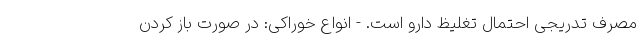
مصرف تدریجی احتمال تغلیظ دارو است. - انواع خوراکی: در صورت باز کردن